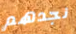
نجدهم